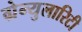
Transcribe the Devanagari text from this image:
ग्रेन्युलारिटी